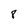
Character: 8